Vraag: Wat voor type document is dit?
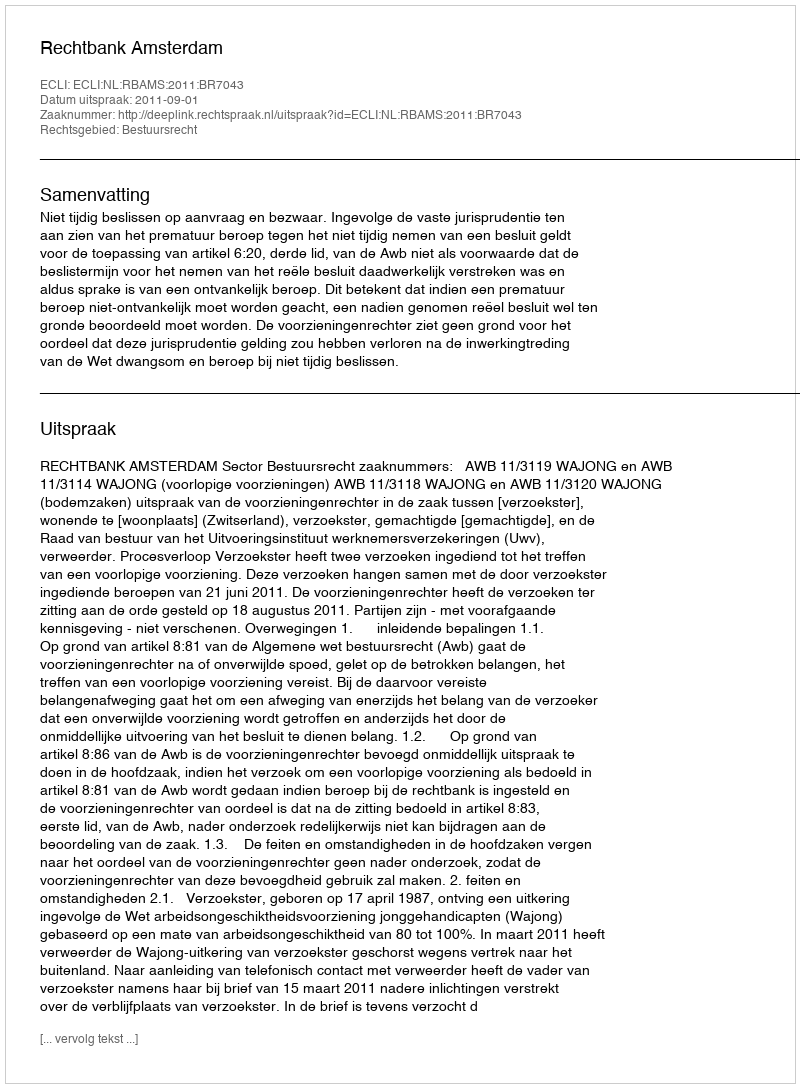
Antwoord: Uitspraak